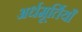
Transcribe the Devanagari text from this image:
अर्धमूर्तियाँ